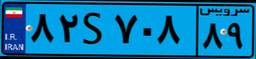
۸۲S۷۰۸۸۹